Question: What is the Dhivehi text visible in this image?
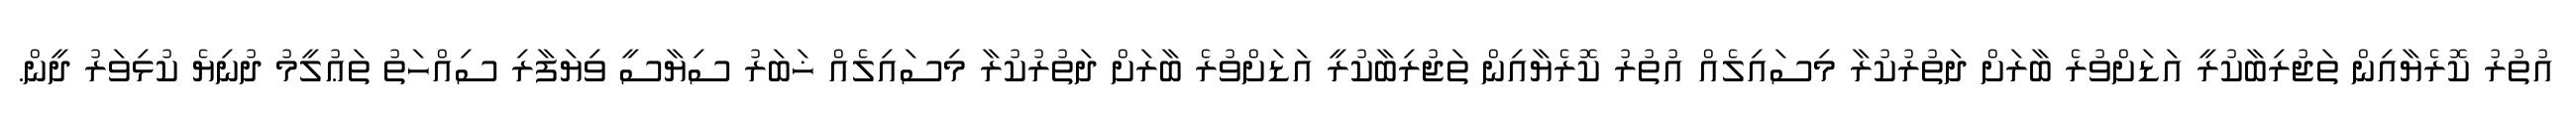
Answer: އުތުރު ކޮރެޔާއިން ތަޖުރިބާކުރީ އަޑަށްވުރެ ބާރަށް ދަތުރުކުރާ މިސައިލެއް އުތުރު ކޮރެޔާއިން ތަޖުރިބާކުރީ އަޑަށްވުރެ ބާރަށް ދަތުރުކުރާ މިސައިލެއް ޚަބަރު ސިޔާސީ ވިޔަފާރި ސިއްހަތު ތަޢުލީމު ދުނިޔެ ކުޅިވަރު ދީން.